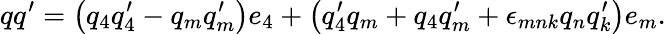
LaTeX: qq^{\prime}=\left(q_{4}q_{4}^{\prime}-q_{m}q_{m}^{\prime}\right)e_{4}+\left(q_{4}^{\prime}q_{m}+q_{4}q_{m}^{\prime}+\epsilon_{mnk}q_{n}q_{k}^{\prime}\right)e_{m}.